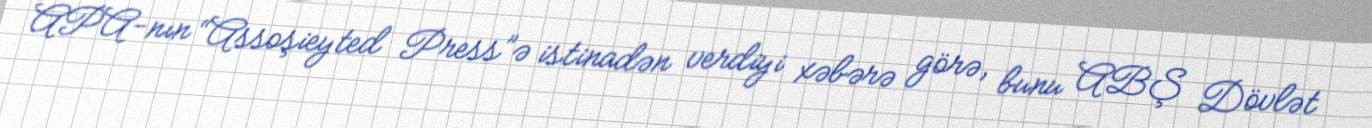
APA-nın “Assoşieyted Press”ə istinadən verdiyi xəbərə görə, bunu ABŞ Dövlət